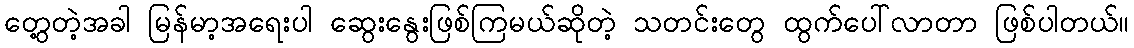
တွေ့တဲ့အခါ မြန်မာ့အရေးပါ ဆွေးနွေးဖြစ်ကြမယ်ဆိုတဲ့ သတင်းတွေ ထွက်ပေါ်လာတာ ဖြစ်ပါတယ်။